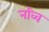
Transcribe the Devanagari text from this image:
नव्वि